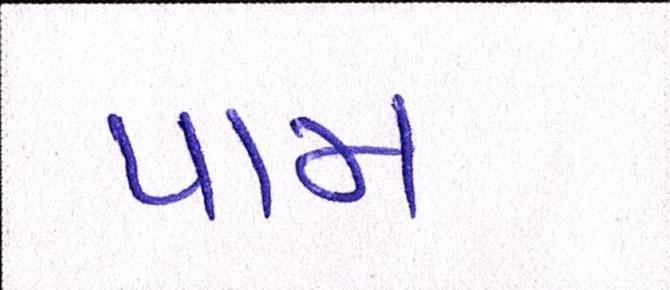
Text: પામ